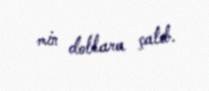
min dollara çatıb.